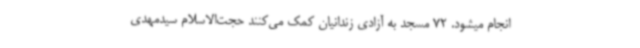
انجام میشود. 72 مسجد به آزادی زندانیان کمک می‌کنند حجت‌الاسلام سیدمهدی